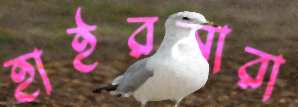
হাইরমারা